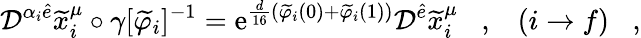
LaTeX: {\cal D}^{\alpha_{i}\widehat{e}}\widetilde{x}_{i}^{\mu}\circ\gamma[\widetilde{\varphi}_{i}]^{-1}=\mathrm{e}^{\frac{d}{16}(\widetilde{\varphi}_{i}(0)+\widetilde{\varphi}_{i}(1))}{\cal D}^{\widehat{e}}\widetilde{x}_{i}^{\mu}\; \; \; ,\; \; \; (i\rightarrow f)\; \; \; ,